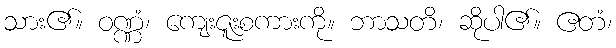
သား၏။ ဝဏ္ဏံ၊ ကျေးဇူးစကားကို။ ဘာသတိ၊ ဆိုပါ၏။ ဧတံ၊